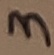
Text: 3